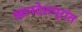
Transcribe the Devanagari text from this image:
खानदेशप्रांत